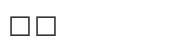
٣٥